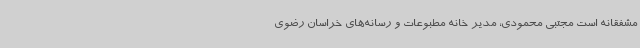
مشفقانه است مجتبی محمودی، مدیر خانه مطبوعات و رسانه‌های خراسان رضوی